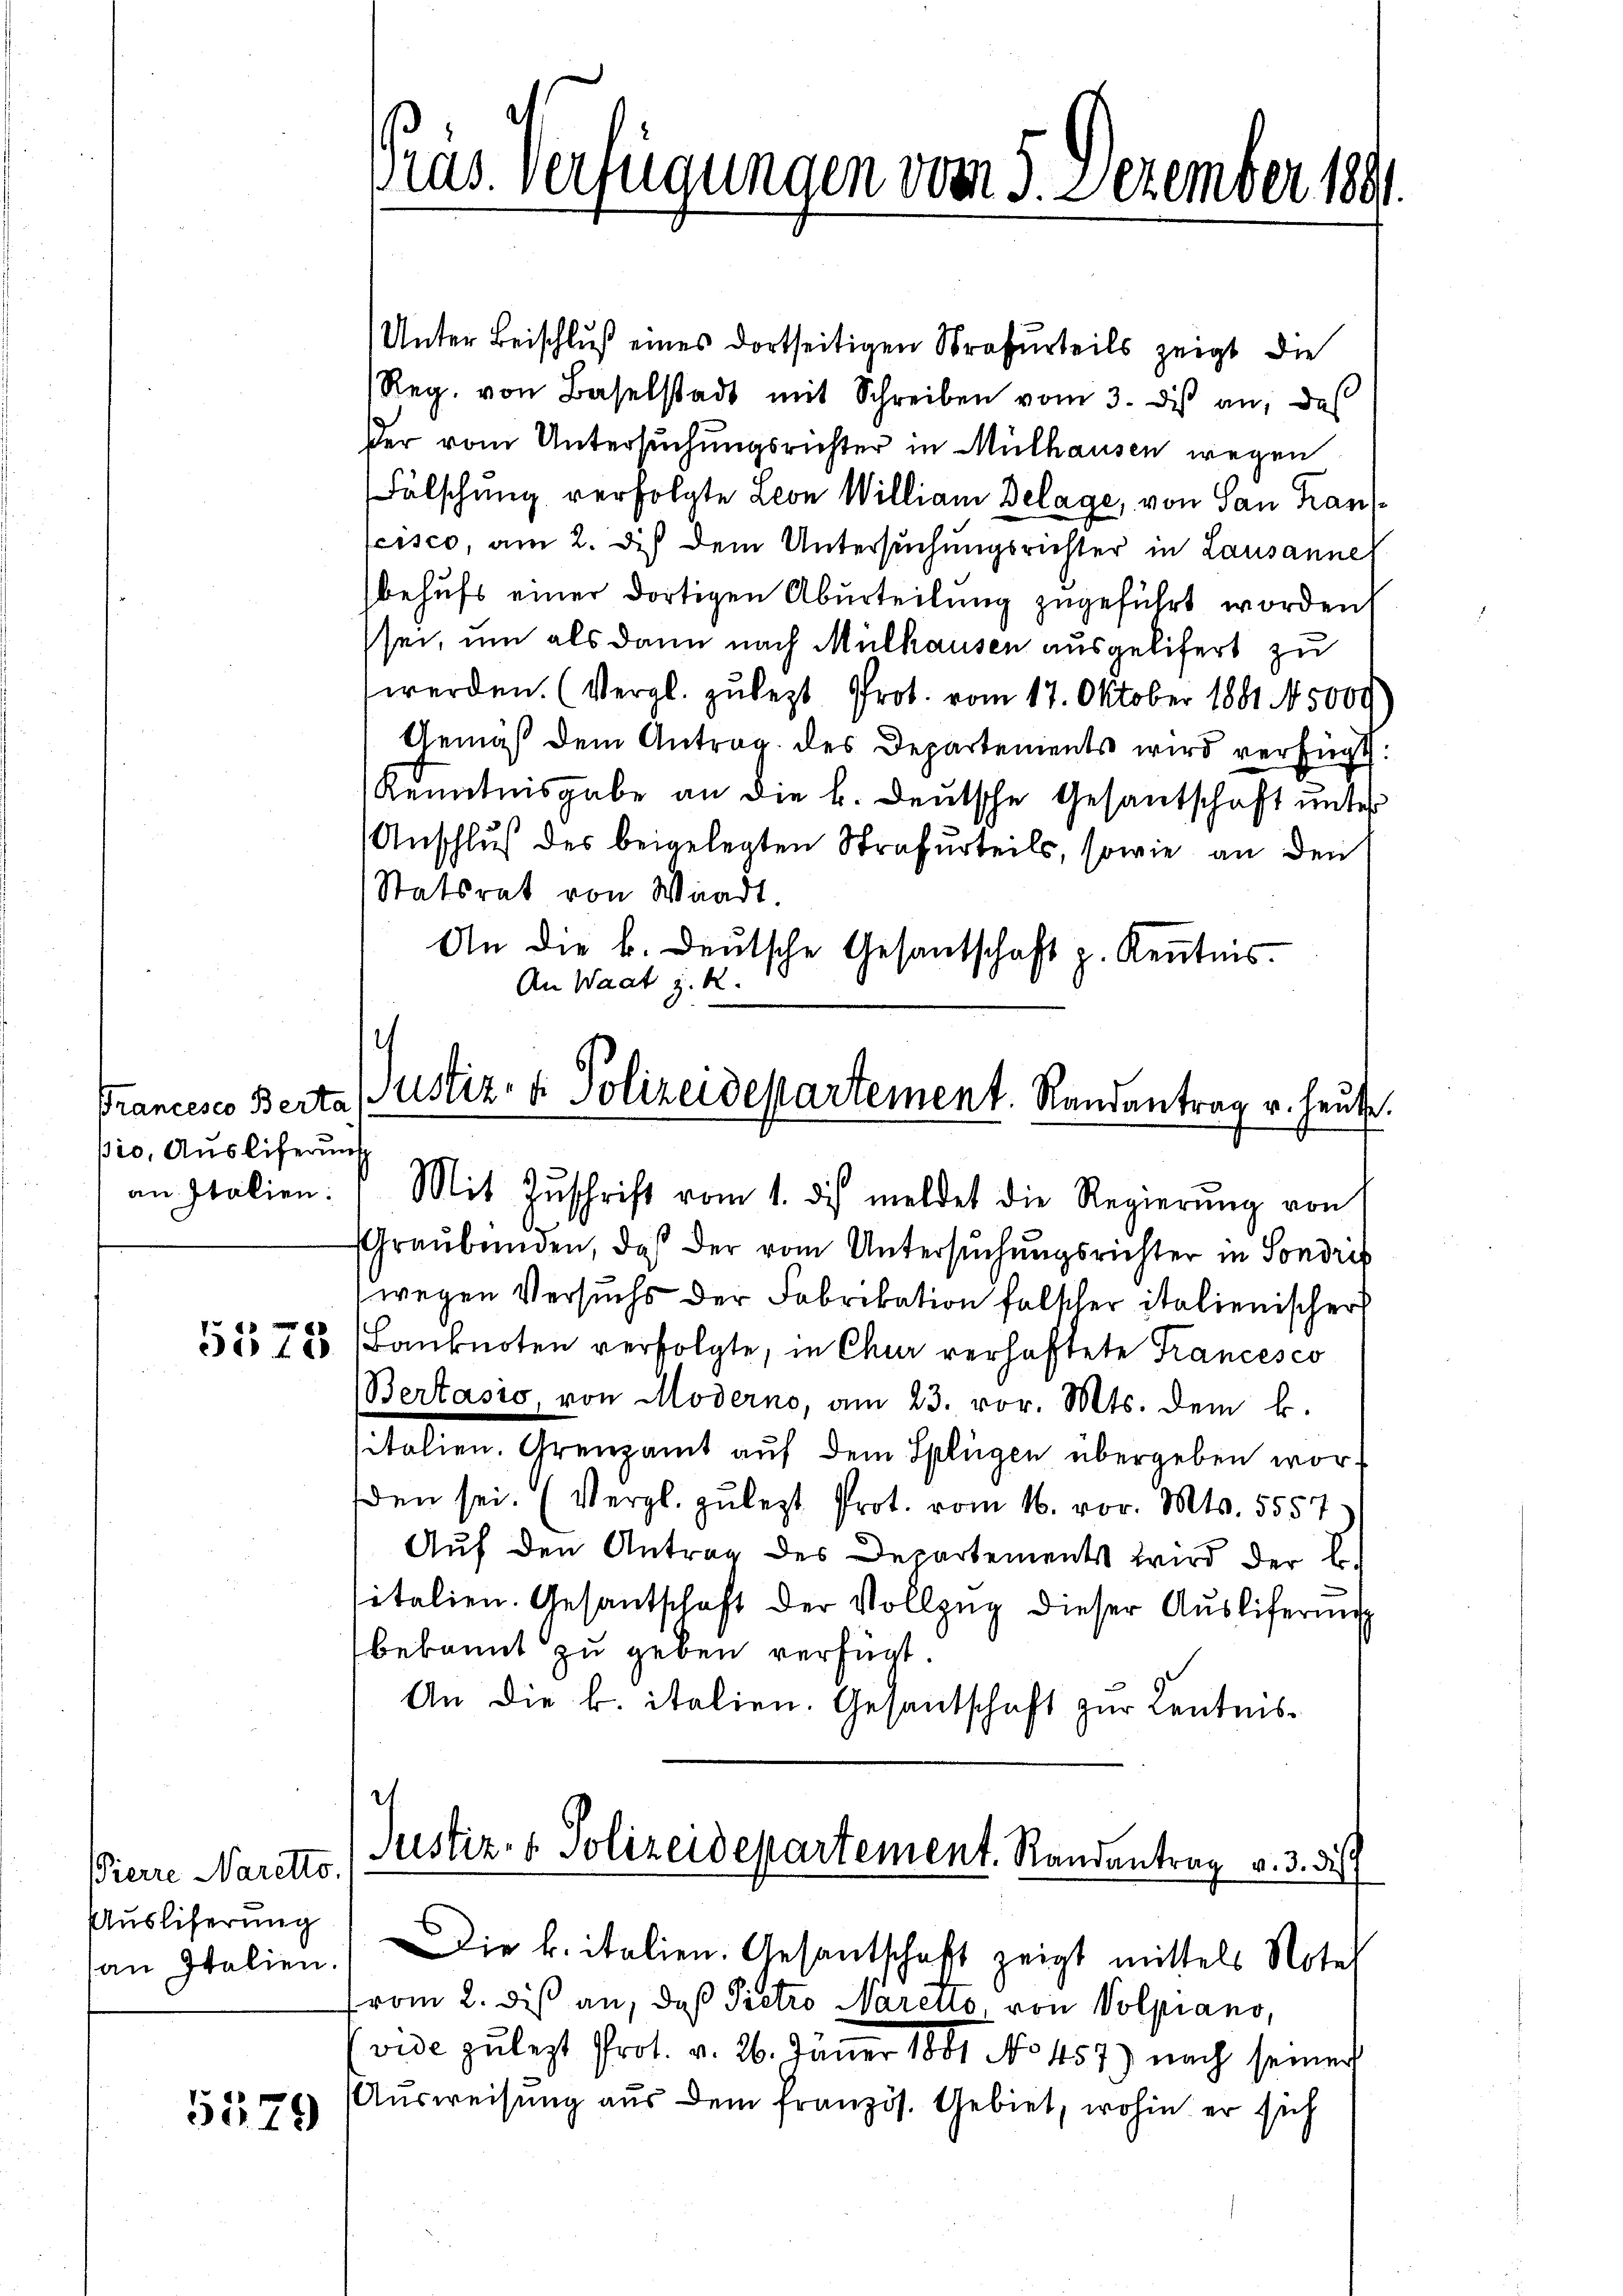
Francesco Berta
pio, Auslieferung

Pierre Naretto.
Ausliferung

5579

Pras Verfügungen vom 5. Dezember 1891

Unter Beischluß eines dortseitigen Strafurteils zeigt die
Reg. von Baselstadt mit Schreiben vom 3. des an, das
ßer vom Untersuchungsrichter in Mülhausen wegen
Fälschung verfolgte Leon William Delage, von San Franslcisco, am 2. des dem Untersuchungsrichter in Lausanne
behufs einer dortigen Aburteilung zugeführt worden.
sei, um als dann nach Mülhausen ausgeliefert zu
werden. (Vergl. zulezt Prot. vom 17. Oktober 1881 5000
Gemäß dem Antrag des Departements wird verfügt:
Kenntnisgabe an die h. deutsche Gesantschaft unter
Anschluß des beigelegten Strafurteils, sowie an den
Statsrat von Waadt.
An die k. deŭtsche Gesantschaft p. Keṅtnis.
An Waat z. R.

Graubünden, daß der vom Untersuchungsrichter in Sondris
wegen Versuchs der Fabrikation falscher italienischer
585 785 Banknoten verfolgte, in Chur verhaftete Francesco
Bertasio von Moderno, am 23. vor. Mts. dem k.
sitalien. Grenzamt aŭf dem Splügen übergeben worden sei. (Vergl. zulezt Prot. vom 16. vor. Mts. 5557.
Auf den Antrag des Departements wird der L.
sitalien. Gesantschaft der Vollzug dieser Auslieferung
bekannt zu geben verfügt.
An die k. italien. Gesandschaft zur Kentnis¬
.
Justiz- & Polizeidepartement. Randantrag v. 3. di
an Italien. Die k. italien. Gesantschaft zeigt mittels Notel
vom 2. diß an, daß Pietro Naretto von Volpiano,
vide zulezt Prot. v. 26. Jäner 1881 No 457) nach seiner
Ausweisung aus dem französ. Gebiet, wohin er sich

.
Justiz- & Polizeidepartement. Randantrag u. heute
an Italien: " Mit Zŭschrift vom 1. des meldet die Regierŭng von